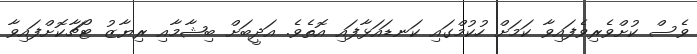
ވެސް ކުށްވެރިވެފައިވާ ކަމަށް ހުކުމްގައި ކަނޑައަޅާފައި އޮތެވެ. އަދީބަށް ބިޝާމާއި ރިޔާޒު ޓޯޗާކޮށްފައިވާ